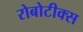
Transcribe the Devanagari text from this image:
रोबोटीक्स